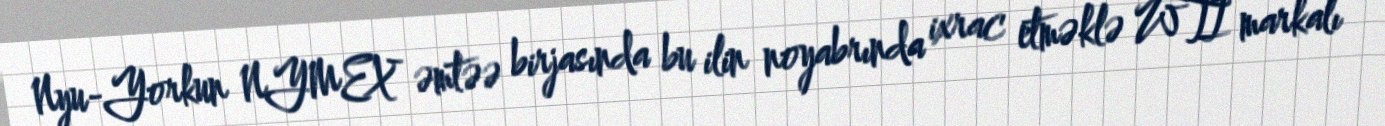
Nyu-Yorkun NYMEX əmtəə birjasında bu ilin noyabrında ixrac etməklə WTI markalı